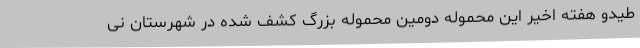
طیدو هفته اخیر این محموله دومین محموله بزرگ کشف شده در شهرستان نی